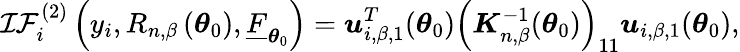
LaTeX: \mathcal{IF}_{i}^{(2)}\left(y_{i},R_{n,\beta}\left(\boldsymbol{\theta}_{0}\right),\underline{{F}}_{\boldsymbol{\theta}_{0}}\right)=\boldsymbol{u}_{i,\beta,1}^{T}(\boldsymbol{\theta}_{0})\left(\boldsymbol{K}_{n,\beta}^{-1}(\boldsymbol{\theta}_{0})\right)_{11}\boldsymbol{u}_{i,\beta,1}(\boldsymbol{\theta}_{0}),